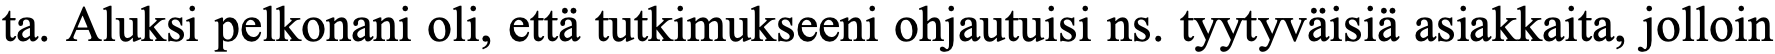
ta. Aluksi pelkonani oli, että tutkimukseeni ohjautuisi ns. tyytyväisiä asiakkaita, jolloin